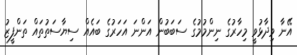
އޭނާ ވިދާޅުވީ މިހާރުގެ ނިންމުމުގެ ސަބަބުން އަންނަ އަހަރުގެ ބައެއް ސިޔާސަތުތައް ތަންފީޒު